Lunatic asylums Punjab 1868-1880 - 1868-1880
Year: 1868
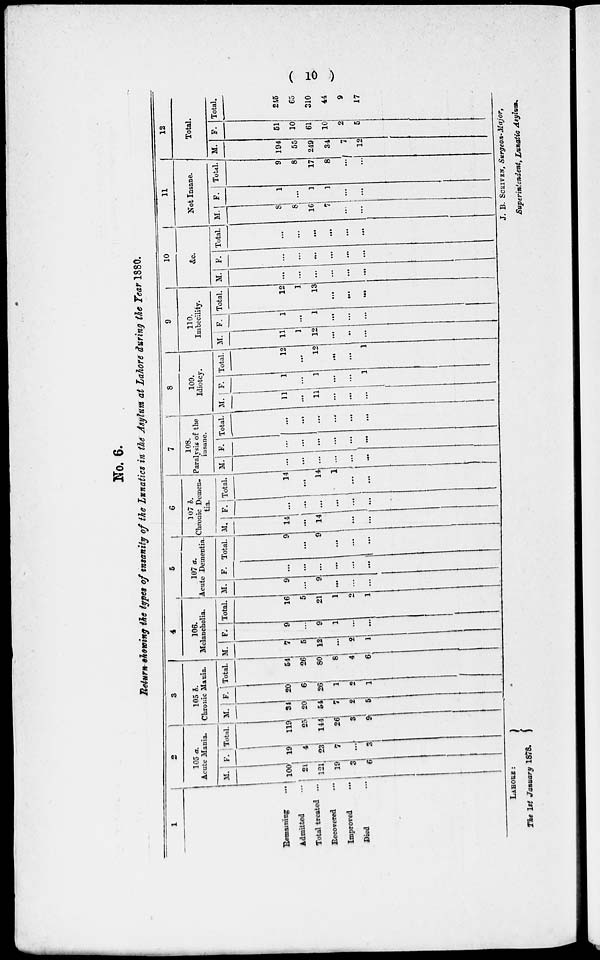
( 10 )
No. 6.
Return showing the types of insanity of the Lunatics in the Asylum at Lahore during the Year 1880.
1
Remaining ...
Admitted ...
Total treated ...
Recovered ...
Improved
...
2
105 a.
Acute Mania.
M.
100
21
121
19
3
Died ...
6
F.
19
4
23
7
...
3
Total.
119
25
144
26
3
9
3
105 b.
Chronic Mania.
M.
34
20
54
7
2
5
F.
20
6
26
1
2
1
Total.
54
26
80
8
4
6
4
106.
Melancholia.
M.
7
5
12
...
2
1
F.
9
...
9
1
...
...
Total.
16
5
21
1
...
1
5
107 a.
Acute Dementia.
M.
9
...
9
...
...
...
F.
...
...
...
...
...
...
Total.
9
...
9
...
...
...
6
107 b.
Chronic Demen-
tia.
M.
14
...
14
...
...
...
F.
...
...
...
...
...
...
Total.
14
...
14
1
...
...
7
108.
Paralysis of the
insane.
M.
...
...
...
...
...
...
F.
...
...
...
...
...
...
Total.
...
...
...
...
...
...
8
109.
Idiotcy.
M.
11
...
11
...
...
...
F.
1
...
1
...
...
1
Total.
12
...
12
...
...
1
9
110.
Imbecility.
M.
11
1
12
...
...
...
F.
1
...
1
...
...
...
Total.
12
1
13
...
...
...
10
&c.
M.
...
...
...
...
...
...
F.
...
...
...
...
...
...
Total.
...
...
...
...
...
...
11
Not Insane.
M.
8
8
16
7
...
...
F.
1
...
1
1
...
...
Total.
9
8
17
8
...
...
12
Total.
M.
194
55
249
34
7
12
F.
51
10
61
10
2
5
Total.
245
65
310
44
9
17
LAHORE:
The 1st January 1878.
J. B. SCRIVEN, Surgeon-Major,
Superintendent, Lunatic Asylum.